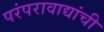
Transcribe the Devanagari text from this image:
परंपरावाद्यांची